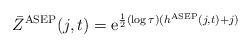
LaTeX: \begin{align*}\bar{Z}^{\rm ASEP}(j,t) = \mathrm{e}^{\frac{1}{2}(\log\tau) (h^{\rm ASEP}(j,t) +j)} \end{align*}